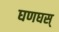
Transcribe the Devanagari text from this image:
घणघस्